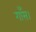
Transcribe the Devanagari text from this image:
गाँस।